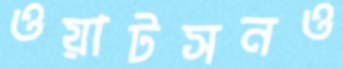
ওয়াটসনও